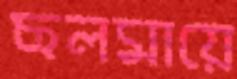
ছলমায়ে